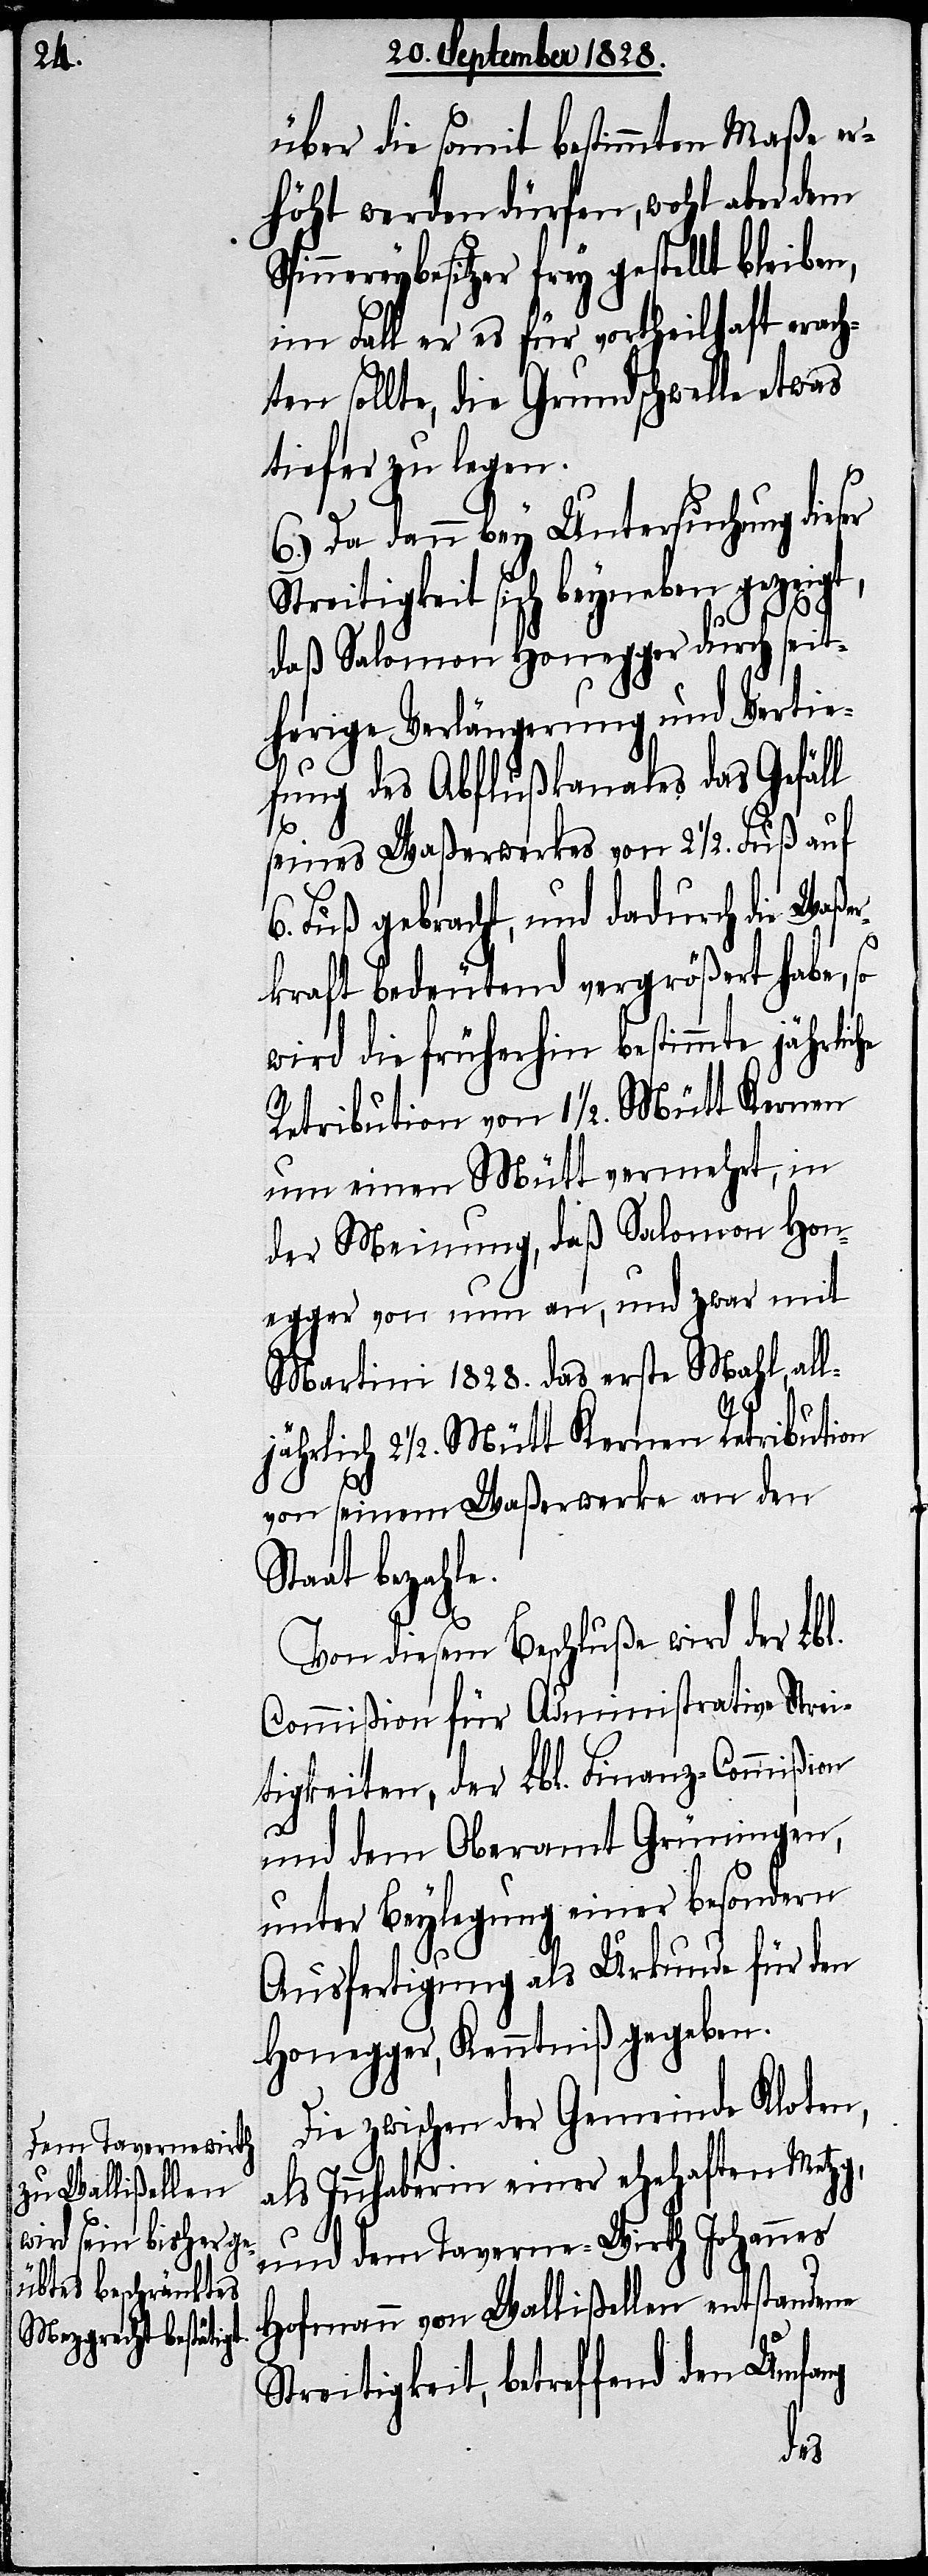
über die somit bestimmten Maße er¬
höht werden dürfen, wohl aber dem
Spinnereybesitzer frey gestellt bleiben,
im Fall er es für vortheilhaft erach¬
ten sollte, die Grundschwelle etwas
tiefer zulegen.
6.) Da dann bey Untersuchung dieser
Streitigkeit sich beyneben gezeigt,
daß Salomon Honegger durch seit¬
herige Verlängerung und Vertie¬
fung des Abflußkanales das Gefäll
seines Waßerwerkes von 2 1/2. Fuß auf
6. Fuß gebracht, und dadurch die Waße¬
rkraft bedeutend vergrößert habe, so
wird die früherhin bestimmte jährliche
Retribution von 1 1/2. Mütt Kernen
um einen Mütt vermehrt, in
der Meinung, daß Salomon Hon¬
egger von nun an, und zwar mit
Martini 1828. das erste Mahl, all¬
jährlich 2 1/2. Mütt Kernen Retribution
von seinem Waßerwerke an den
Staat bezahl¬
Von diesem Beschluße wir der Lbl.
Commißion für Administrative Strei¬
tigkeiten, der Lbl. Finanz-Commißion
und dem Oberamt Grüningen,
unter Beylegung einer besondern
Ausfertigung als Urkunde für den
Honegger, Kenntniß gegeben.
Die zwischen der Gemeinde Kloten,
als Innhaberin einer ehehaften Metzg,
und dem Taverne-Wirth Johannes
Hofmann von Wallißellen entstandene
e.
Streitigkeit, betreffend den Umfang